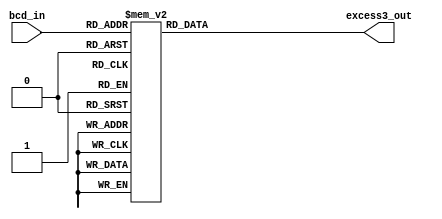
// This program was cloned from: https://github.com/Suni123456789/100DaysRTL
// License: Apache License 2.0

`timescale 1ns / 1ps

module BCD2excess3(
    input [3:0] bcd_in,
    output reg [3:0] excess3_out
    );
    always@(bcd_in)
    begin
        case(bcd_in)
            4'b0000 : excess3_out = 4'b0011;
            4'b0001 : excess3_out = 4'b0100;
            4'b0010 : excess3_out = 4'b0101;
            4'b0011 : excess3_out = 4'b0110;
            4'b0100 : excess3_out = 4'b0111;
            4'b0101 : excess3_out = 4'b1000;
            4'b0110 : excess3_out = 4'b1001;
            4'b0111 : excess3_out = 4'b1010;
            4'b1000 : excess3_out = 4'b1011;
            4'b1001 : excess3_out = 4'b1100;
            default : excess3_out = 4'bxxxx;
        endcase
    end
endmodule